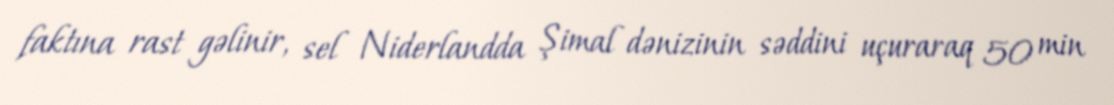
faktına rast gəlinir, sel Niderlandda Şimal dənizinin səddini uçuraraq 50 min